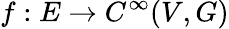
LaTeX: f:E\to C^{\infty}(V,G)